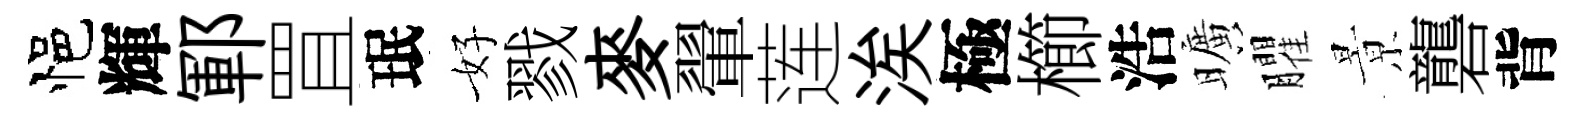
悒輝鄆罝珉好戮麥翬莲涘極櫛浩曠臞㬌礱背